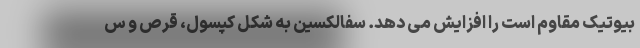
بیوتیک مقاوم است را افزایش می دهد. سفالکسین به شکل کپسول، قرص و س